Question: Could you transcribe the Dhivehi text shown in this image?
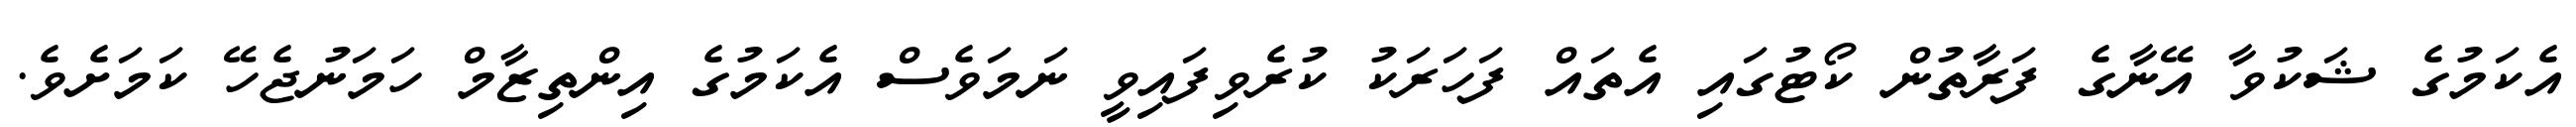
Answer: އެކަމުގެ ޝަކުވާ އޭނާގެ ފަރާތުން ކޯޓުގައި އެތައް ފަހަރަކު ކުރެވިފައިވީ ނަމަވެސް އެކަމުގެ އިންތިޒާމް ހަމަނުޖެހޭ ކަމަށެވެ.